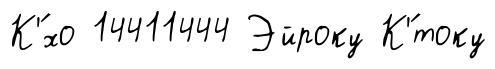
К'́хо 14411444 Эйроку К'́току